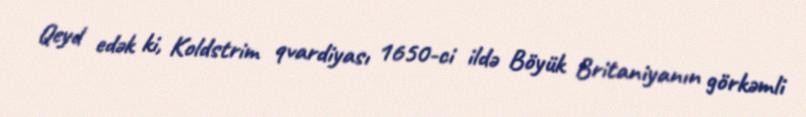
Qeyd edək ki, Koldstrim qvardiyası 1650-ci ildə Böyük Britaniyanın görkəmli